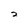
Character: 2